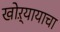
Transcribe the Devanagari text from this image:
खोऱ्यायाचा